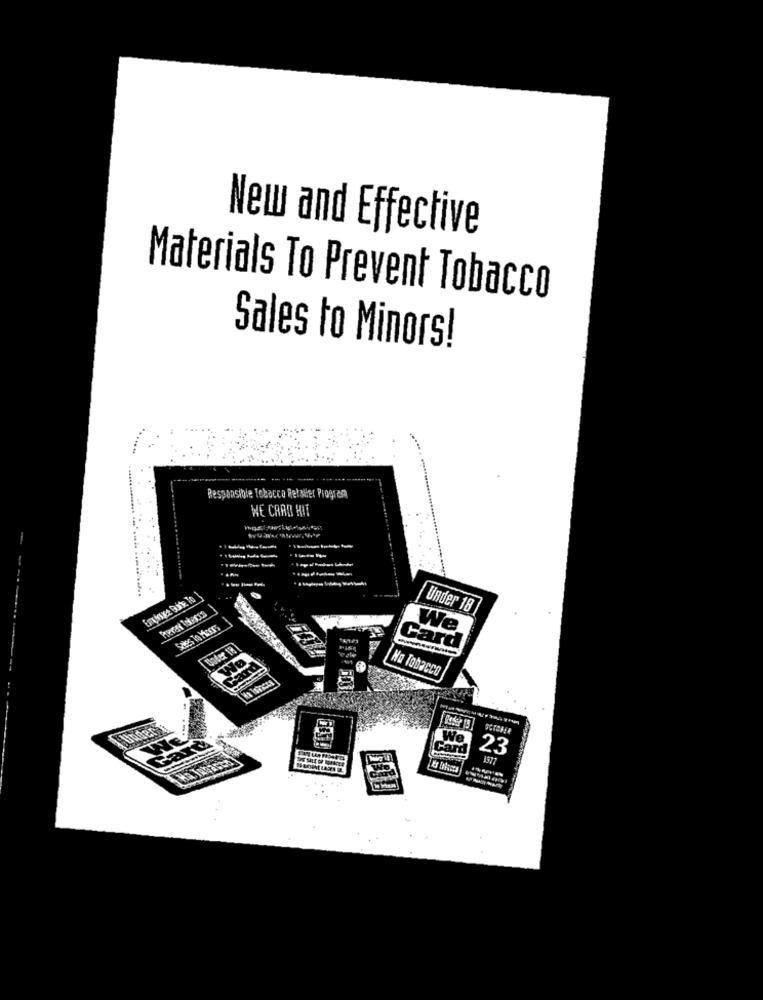
New and Effective
Materials To Prevent Tobacco
Sales to Minors!
Responsible Tobacco Relater Program
WE CARO HIT
Under 18
We
Under 18
Card
We
Card
No Tobacco
....
We
Card
23